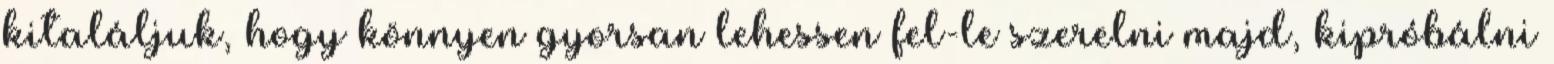
kitaláljuk, hogy könnyen gyorsan lehessen fel-le szerelni majd, kipróbálni